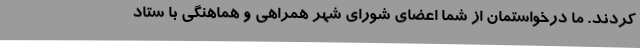
کردند. ما درخواستمان از شما اعضای شورای شهر همراهی و هماهنگی با ستاد